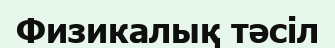
Физикалық тәсіл